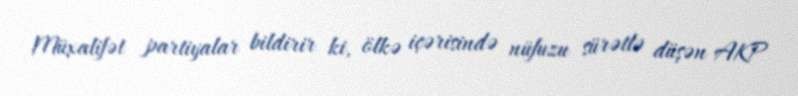
Müxalifət partiyalar bildirir ki, ölkə içərisində nüfuzu sürətlə düşən AKP